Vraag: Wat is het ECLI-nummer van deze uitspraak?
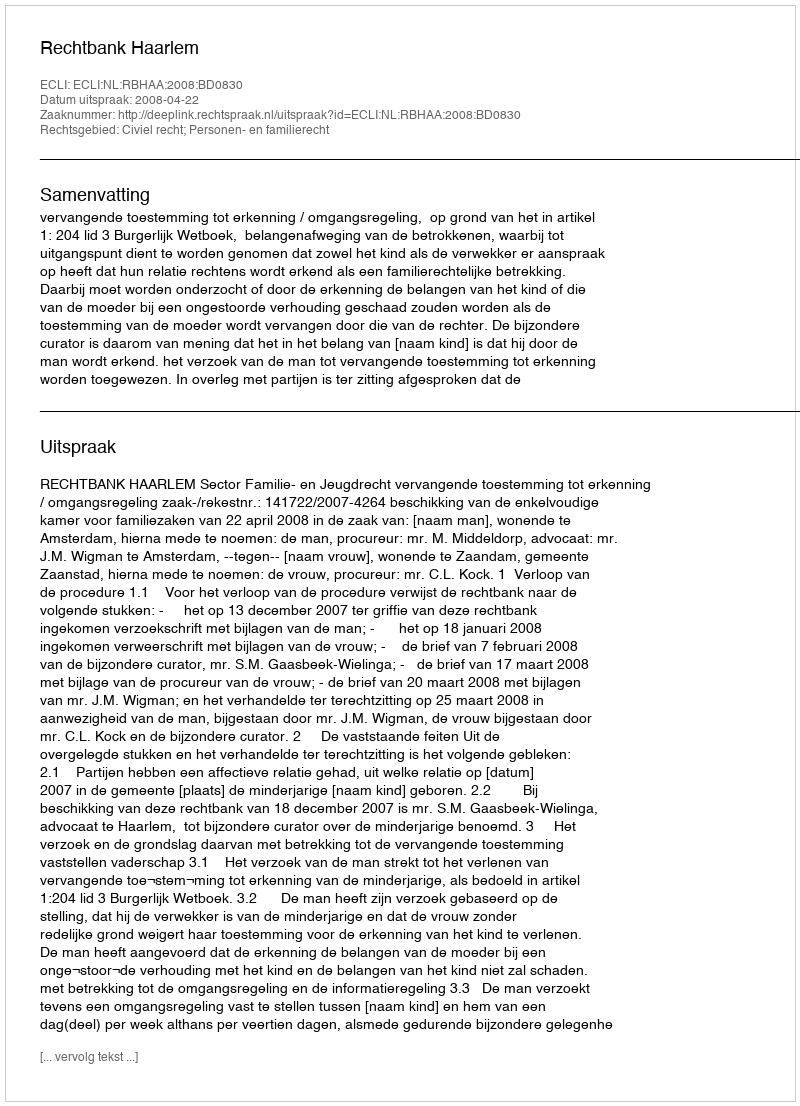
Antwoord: ECLI:NL:RBHAA:2008:BD0830